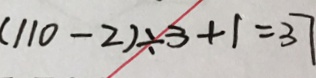
( 1 1 0 - 2 ) \div 3 + 1 = 3 7